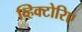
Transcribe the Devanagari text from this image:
व्हिक्टोरिए